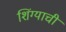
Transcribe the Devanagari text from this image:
शिंग्याची